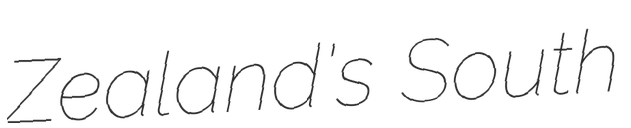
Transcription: Zealand's South